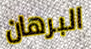
البرهان